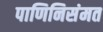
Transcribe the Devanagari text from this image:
पाणिनिसंमत